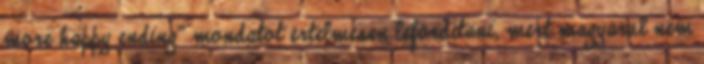
more happy ending” mondatot értelmesen lefordítani, mert magyarul nem